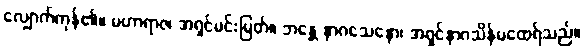
လျှောက်ကုန်၏။ မဟာရာဇ၊ အရှင်မင်းမြတ်။ ဘန္တေ နာဂသေနော၊ အရှင်နာဂသိန်မထေရ်သည်။